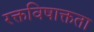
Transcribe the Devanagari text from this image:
रक्तविषाक्तता